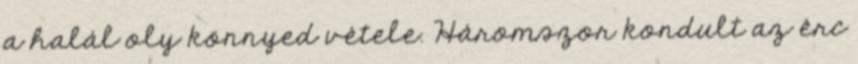
a halál oly könnyed vétele. Háromszor kondult az érc